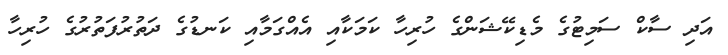
އަދި ސާކް ސަމިޓުގެ މެޑިކޭޝަންގެ ހުރިހާ ކަމަކާއި އެއްގަމާއި ކަނޑުގެ ދަތުރުފަތުރުގެ ހުރިހާ